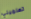
تعلميني